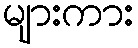
များကား